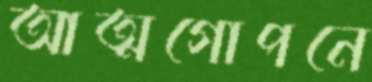
আত্মগোপনে